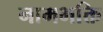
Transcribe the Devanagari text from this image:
नामभक्ति